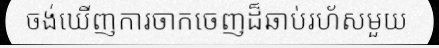
ចង់ឃើញការចាកចេញដ៏ឆាប់រហ័សមួយ